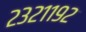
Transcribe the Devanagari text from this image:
२३२११९२